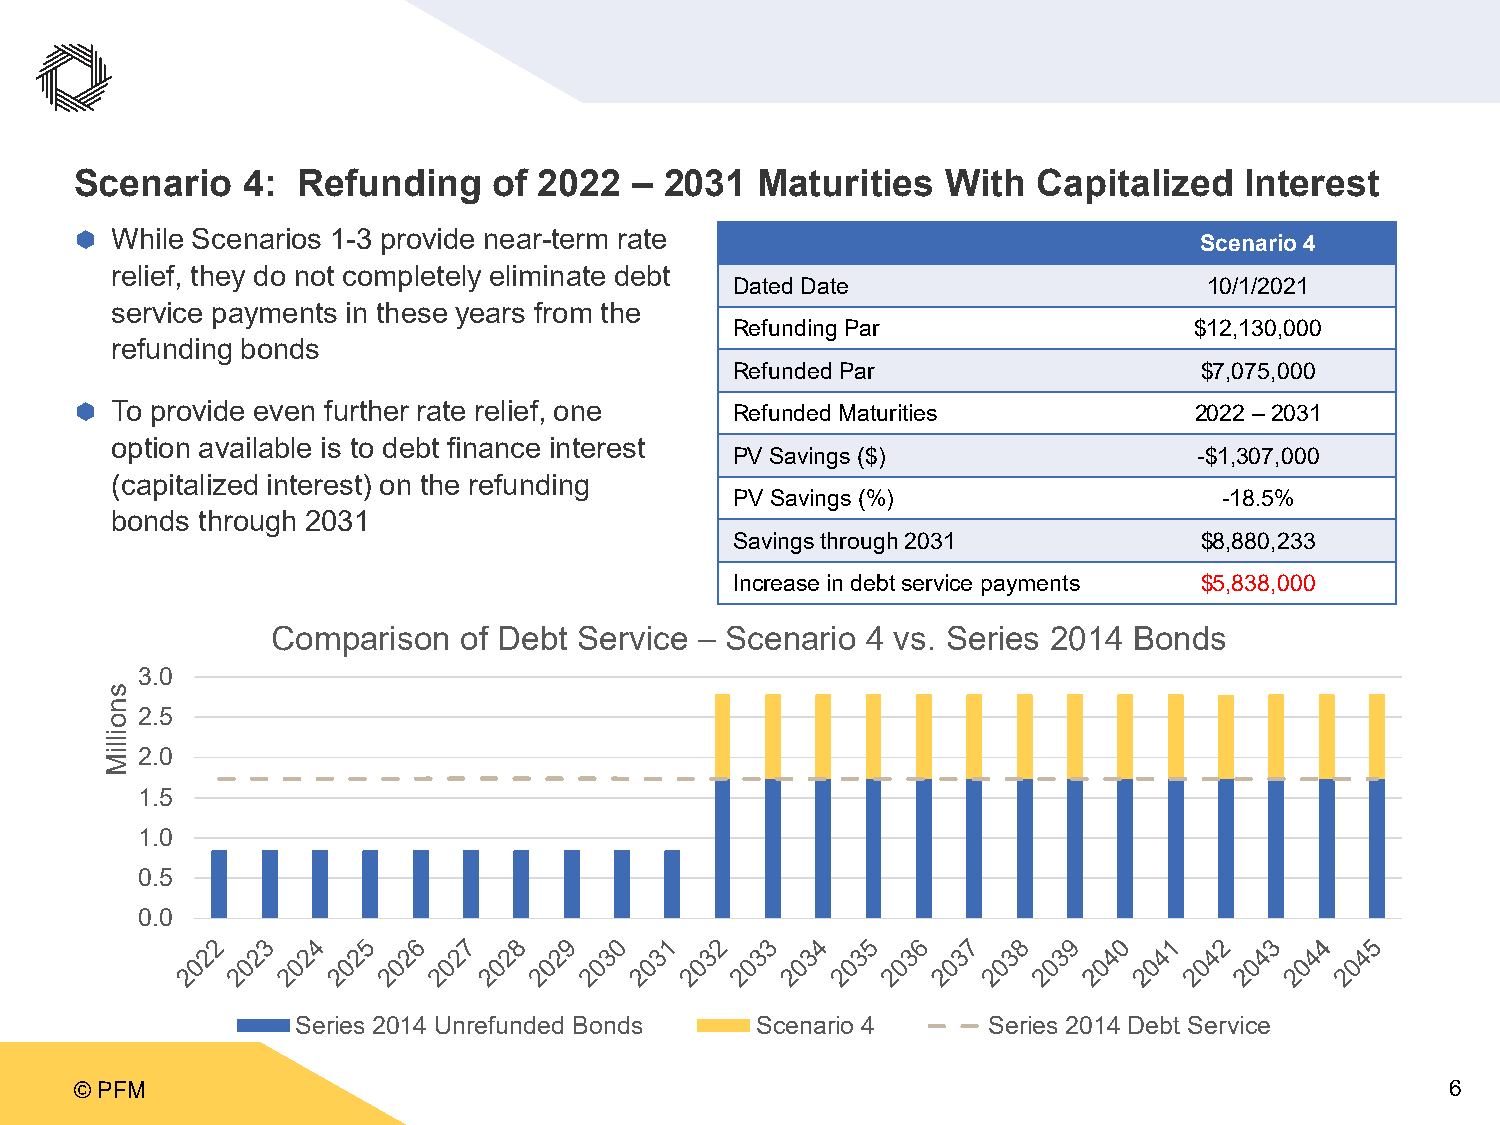
Scenario   4:  Refunding    of 2022  – 2031  Maturities   With  Capitalized  Interest
  While Scenarios 1-3 provide near-term rate
 Scenario 4
 relief, they do not completely eliminate debt
 Dated Date                     10/1/2021
 service payments in these years from the
 Refunding Par                 $12,130,000
 refunding bonds
 Refunded Par                  $7,075,000
  To provide even further rate relief, one  Refunded Maturities           2022 –2031
 option available is to debt finance interest
 PV Savings ($)                -$1,307,000
 (capitalized interest) on the refunding
 PV Savings (%)                  -18.5%
 bonds through 2031
 Savings through 2031          $8,880,233
 Increase in debt service payments $5,838,000
 Comparison  of Debt Service – Scenario 4 vs. Series 2014 Bonds
 3.0
 2.5
 2.0
 1.5
 1.0
 0.5
 0.0
 Series 2014 Unrefunded Bonds  Scenario 4     Series 2014 Debt Service
 © PFM                                                                                      6
 snoilliM